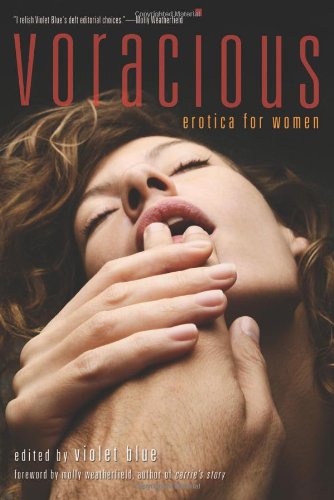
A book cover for Voracious: Erotica for Women; Romance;